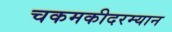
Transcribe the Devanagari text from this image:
चकमकीदरम्यान